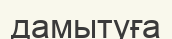
дамытуға